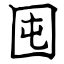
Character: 囤